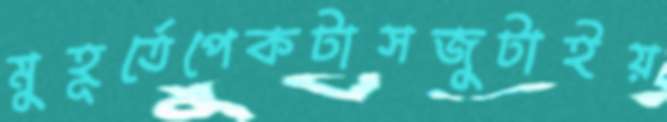
মুহূর্তেপেকটাসজুটাইয়